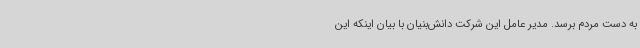
به دست مردم برسد. مدیر عامل این شرکت دانش‌بنیان با بیان اینکه این